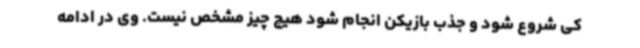
کی شروع شود و جذب بازیکن انجام شود هیچ چیز مشخص نیست. وی در ادامه